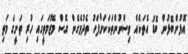
އޮޅުންބޮޅުން ބޮޑު އެތަކެއް ވިސްނުންތަކަކަށްފަހު ތެދުވެގެން ގޮސް މޭޒުމަތީގައި ހުރި ތަށީގެ މަތި